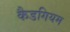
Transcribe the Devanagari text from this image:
कैडगियम